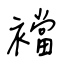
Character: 襠